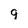
Character: 9